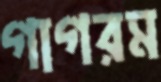
গাগরম